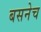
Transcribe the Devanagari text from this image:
बसनेच